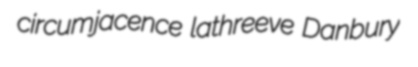
circumjacence lathreeve Danbury